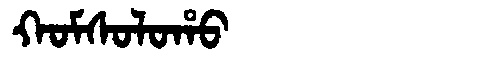
Manchu: ᡴᠣᠮᠰᠣᠯᠣᡥᠣ
Romanization: KOMSOLOHO